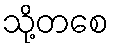
သို့တစေ